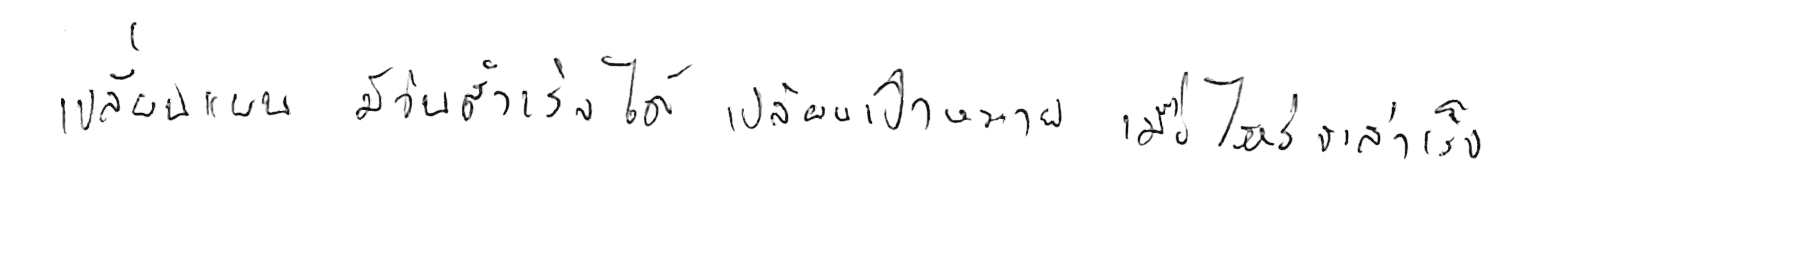
เปลี่ยนแผน มีวันสำเร็จได้ เปลี่ยนเป้าหมาย เมื่อไหร่จะสำเร็จ